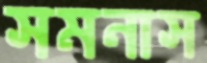
সমনাস